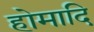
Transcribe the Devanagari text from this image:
होमादि